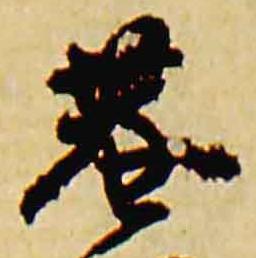
巷